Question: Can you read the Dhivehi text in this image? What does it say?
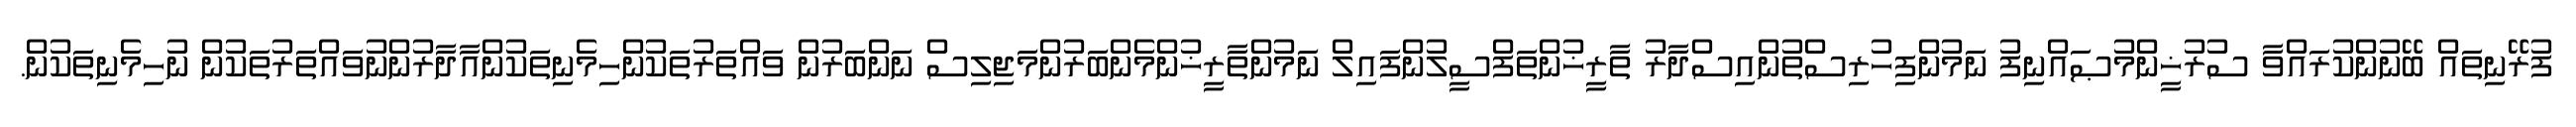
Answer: ފުރޭނިތައް ބޭނުންކުރައްވާ ސުރުޚީންމުޞައްނިފު ނަމުންފިހުރިސްތުންއިސްދާރު ތާރީޚުންތަފްސީލުންފައިލް ނަމުންތާރީޚުންމެންބަރުންމަޖިލިސް ނަންބަރުން ވައްތަރުތަކުންހިމެނިތަކުންއާދާރުންނުވައްތަރުތަކުން ނުހިމެނިތަކުން.